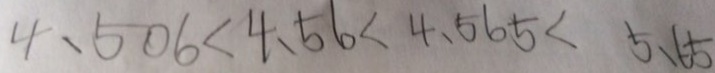
4 . 5 0 6 < 4 . 5 6 < 4 . 5 6 5 < 5 . 6 5